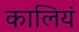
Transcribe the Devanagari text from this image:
कालियं